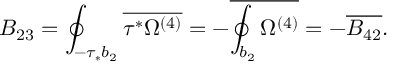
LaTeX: B _ { 2 3 } = \oint _ { - \tau _ { * } b _ { 2 } } \overline { { { \tau ^ { * } \Omega ^ { ( 4 ) } } } } = - \overline { { { \oint _ { b _ { 2 } } \Omega ^ { ( 4 ) } } } } = - \overline { { { B _ { 4 2 } } } } .